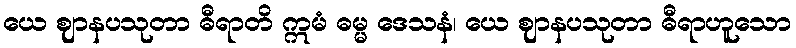
ယေ ဈာနပသုတာ ဓီရာတိ ဣမံ ဓမ္မ ဒေသနံ၊ ယေ ဈာနပသုတာ ဓီရာဟူသော